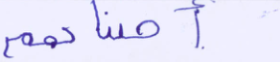
أصبناهم